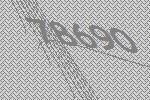
78690